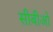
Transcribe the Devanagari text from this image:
सीबीओ